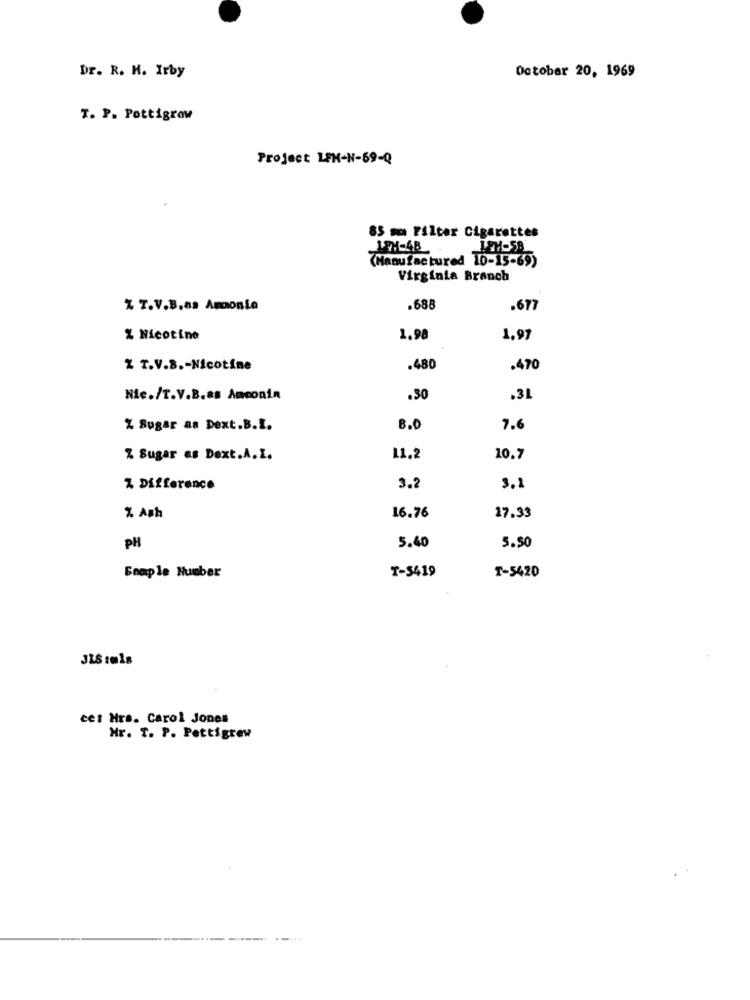
Dr. R. H. Irby
October 20, 1969
T. P. Pottigrow
Project LEN-N-69-Q
85 mm Filter Cigarettes
(Manufactured 10-15-69)
Virginia Branch
% T.V.B,as Amonia
.688
.677
% Nicotine
1.98
1.97
% T.V.B .- Nicotine
.480
.470
Nic./T.V.B.as Anconin
.30
.3L
% Sugar as Dext.B.I.
8.0
7.6
Z Sugar as Dext.A.I.
11.2
10.7
Z Difference
3.2
3.1
16.76
% Ash
17.33
PH
5.40
5.50
T-5419
T-5420
Sample Number
ces Hrs. Carol Jonen
Mr. T. P. Pettigrew